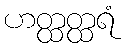
ဟတ္ထတ္ထရံ